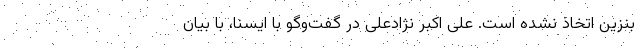
بنزین اتخاذ نشده است. علی اکبر نژادعلی در گفت‌وگو با ایسنا، با بیان